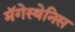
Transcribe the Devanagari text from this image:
मॅगेस्थेनिस